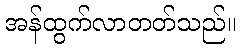
အန်ထွက်လာတတ်သည်။